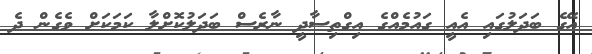
އޭގެ ބަދަލުގައި އެއީ ގައުމެއްގެ އިގްތިސާދީ ނާރެސް ބަދަލުކޮށްލާ ކަމަކަށް ވެގެން ދެ